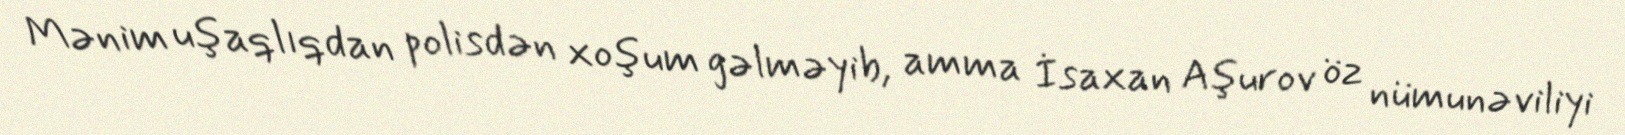
Mənim uşaqlıqdan polisdən xoşum gəlməyib, amma İsaxan Aşurov öz nümunəviliyi